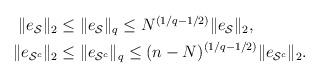
LaTeX: \begin{align*}\begin{aligned}\|e_{\mathcal S}\|_2&\leq\|e_{\mathcal S}\|_{q}\leq N^{(1/q-1/2)}\|e_{\mathcal S}\|_2,\\\|e_{\mathcal S^c}\|_2&\leq\|e_{\mathcal S^c}\|_{q}\leq (n-N)^{(1/q-1/2)}\|e_{\mathcal S^c}\|_2.\end{aligned}\end{align*}